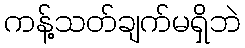
ကန့်သတ်ချက်မရှိဘဲ